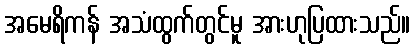
အမေရိကန် အသံထွက်တွင်မူ အားဟုပြထားသည်။